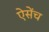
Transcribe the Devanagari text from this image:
ऐसेंच